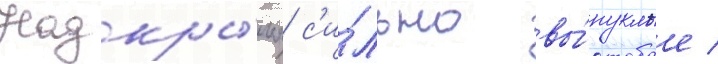
Надкры́лья с'и́льно вы́пуклые /